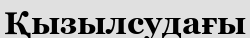
Қызылсудағы